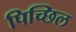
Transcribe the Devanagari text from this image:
पिच्छिल